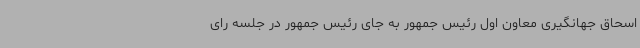
اسحاق جهانگیری معاون اول رئیس جمهور به جای رئیس جمهور در جلسه رای